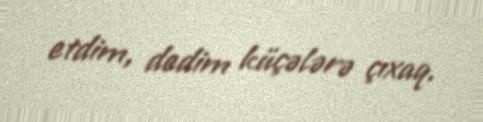
etdim, dedim küçələrə çıxaq.